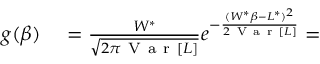
\begin{array} { r l } { g ( \beta ) } & { { } = \frac { W ^ { * } } { \sqrt { 2 \pi \mathrm { ~ V ~ a ~ r ~ } [ L ] } } e ^ { - \frac { ( W ^ { * } \beta - L ^ { * } ) ^ { 2 } } { 2 \mathrm { ~ V ~ a ~ r ~ } [ L ] } } = } \end{array}